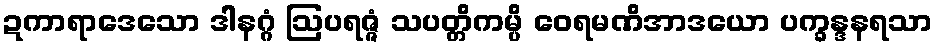
ဍကာရာဒေသော ဒါနဂ္ဂံ ဩပရဇ္ဇံ သပတ္တိကမ္ပိ ဝေရမဏိအာဒယော ပက္ခန္ဒနရသာ